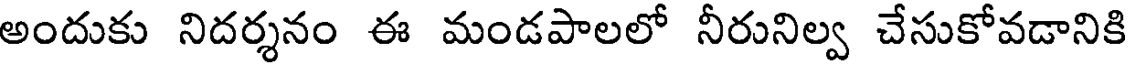
అందుకు నిదర్శనం ఈ మండపాలలో నీరునిల్వ చేసుకోవడానికి